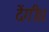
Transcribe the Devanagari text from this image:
देंगी।।